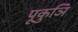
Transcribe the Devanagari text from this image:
पूकुञि